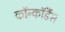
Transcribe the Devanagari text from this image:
कॉन्कॉर्डैंस